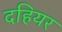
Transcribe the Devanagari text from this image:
दहियर